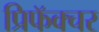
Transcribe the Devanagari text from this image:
प्रिफॅक्चर